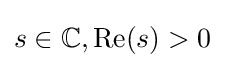
s\in \mathbb {C} ,\operatorname {Re} (s)>0